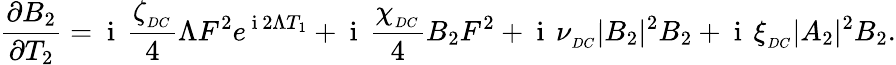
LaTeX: \frac{\partial B_{2}}{\partial T_{2}}=\mathrm{~i~}\, \frac{\zeta_{_{DC}}}{4}\Lambda F^{2}e^{\mathrm{~i~}2\Lambda T_{1}}+\mathrm{~i~}\, \frac{\chi_{_{DC}}}{4}B_{2}F^{2}+\mathrm{~i~}\, \nu_{_{DC}}|B_{2}|^{2}B_{2}+\mathrm{~i~}\, \xi_{_{DC}}|A_{2}|^{2}B_{2}.